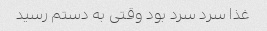
غذا سرد سرد بود وقتی به دستم رسید